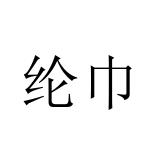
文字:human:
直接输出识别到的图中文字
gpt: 纶巾